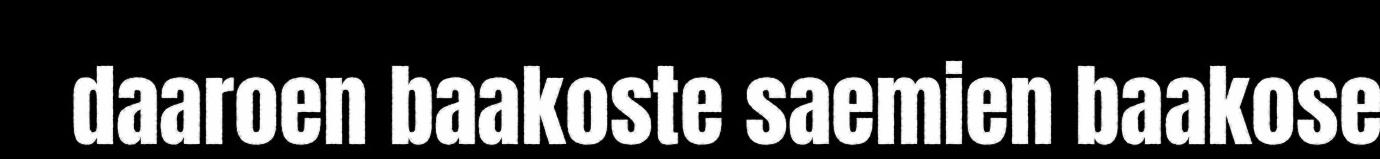
daaroen baakoste saemien baakose